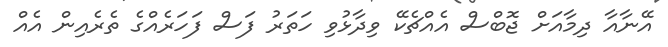
އޭނާއާ ދިމާއަށް ޖޮބްސް އެއްޗެކޭ ވިދާޅުވި ހަތަރު ފަސް ފަހަރެއްގެ ތެރެއިން އެއް